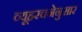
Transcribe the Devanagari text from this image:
व्यूहरचनेनुसार